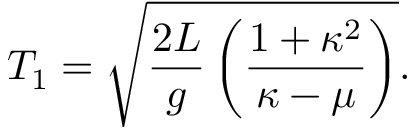
T _ { 1 } = \sqrt { \frac { 2 L } { g } \left( { \frac { 1 + \kappa ^ { 2 } } { \kappa - \mu } } \right) } .